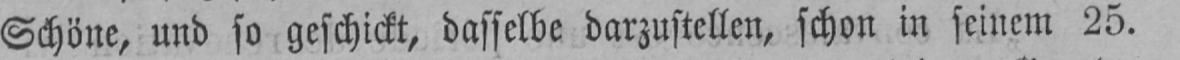
Schöne, und so geschickt, dasselbe darzustellen, schon in seinem 25.